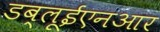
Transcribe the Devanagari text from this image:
डब्लूईएनआर